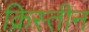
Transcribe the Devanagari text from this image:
क्रिस्तीन